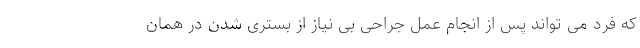
که فرد می تواند پس از انجام عمل جراحی بی نیاز از بستری شدن در همان